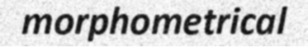
morphometrical